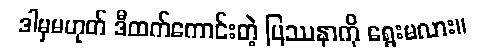
ဒါမှမဟုတ် ဒီထက်ကောင်းတဲ့ ပြဿနာကို ရွေးမလား။